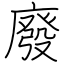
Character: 廢